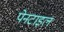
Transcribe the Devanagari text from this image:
पेनटाइल